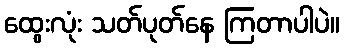
ထွေးလုံး သတ်ပုတ်နေ ကြတာပါပဲ။